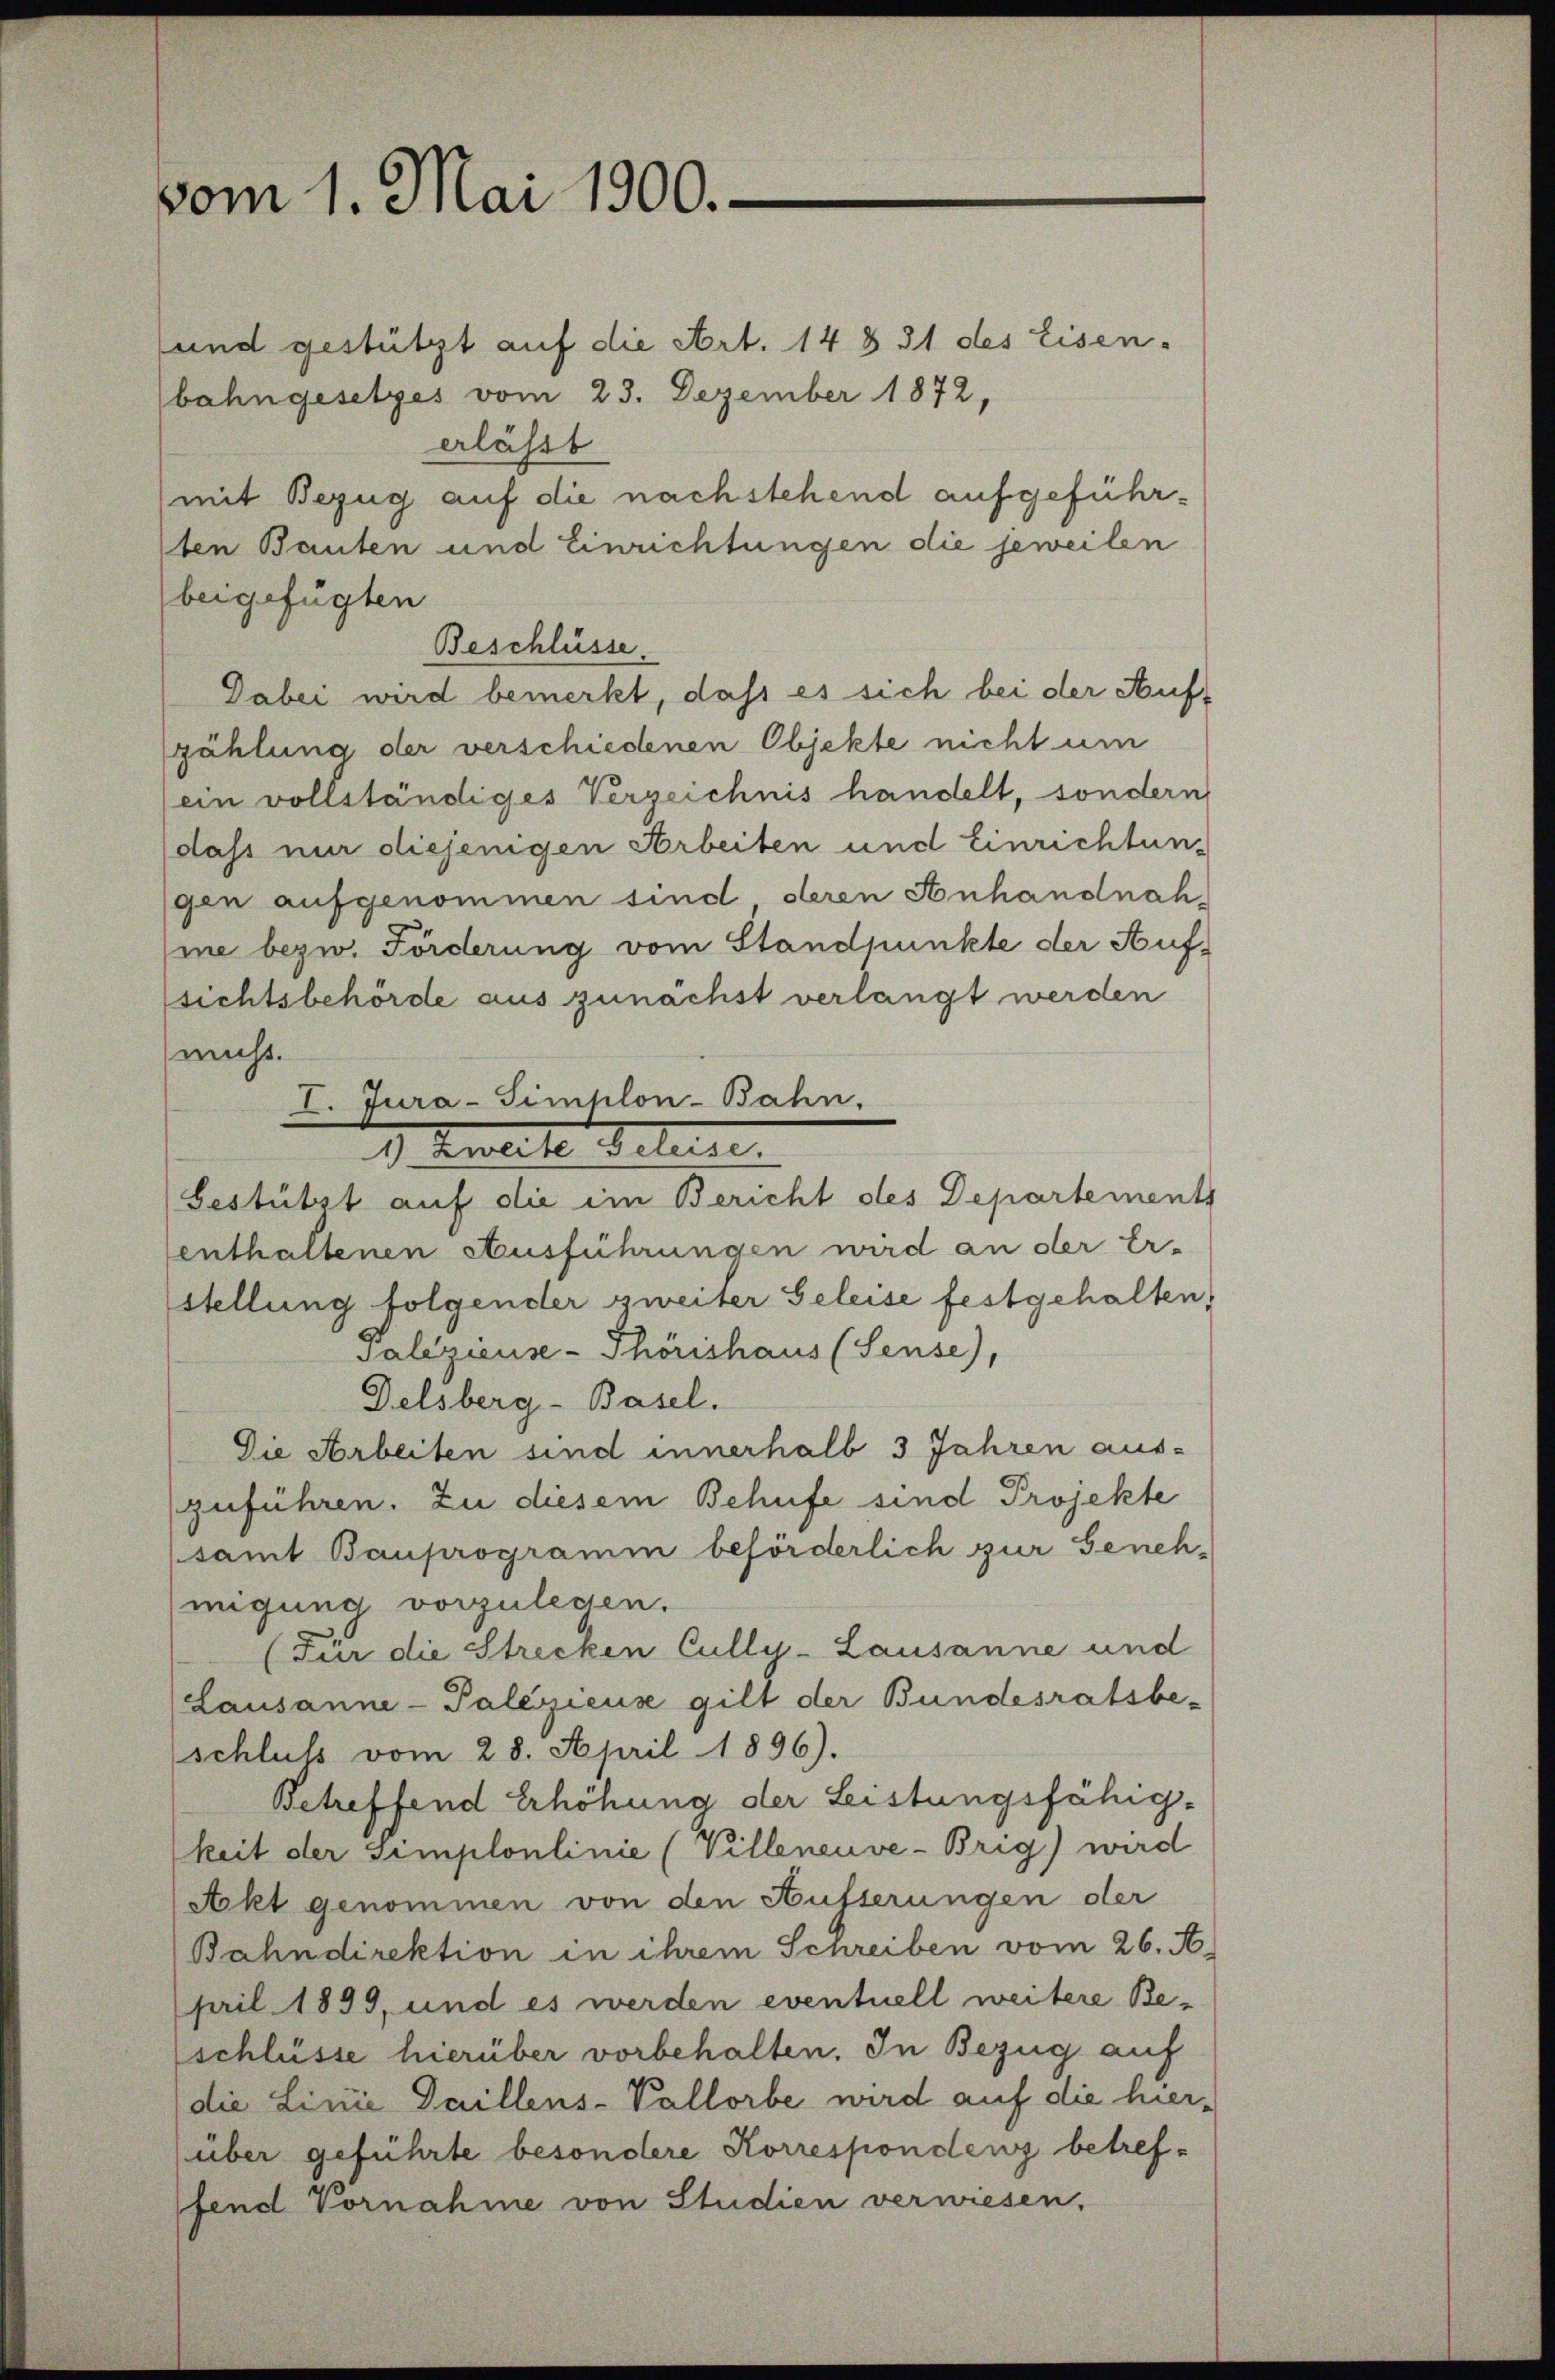
vom 1. Mai 1900.

und gestützt auf die Art. 14 § 31 des Eisen.
bahngesetzes vom 23. Dezember 1872,
erlässt
mit Bezug auf die nachstehend aufgeführten Bauten und Einrichtungen die jeweilen
beigefügten
Beschlüsse.
Dabei wird bemerkt, daß es sich bei der Auf-
zählung der verschiedenen Objekte nicht um
ein vollständiges Verzeichnis handelt, sondern
dass nur diejenigen Arbeiten und Einrichtungen aufgenommen sind, deren Anhandnahme bezw. Förderung vom Standpunkte der Aufsichtsbehörde aus zunächst verlangt werden
nicht.
I. Jura-Simplon-Bahn,
1 Milite clenne.
Bestützt auf die im Bericht des Departements
enthaltenen Ausführungen wird an der Er-
stellung folgender zweiter Geleise festgehalten,
Saleigieuse - Thörishaus (Sense),
Delsberg-Basel.
Die Arbeiten sind innerhalb 3 Jahren aus-
zuführen. Zu diesem Behufe sind Projekte
(samt Bauprogramm beförderlich zur Geneh-
migung vorzulegen.
Für die Strecken Cully-Lausanne und
Lausanne - Palesieuse gilt der Bundesratsbe-
schluß vom 28. April 1896).
Betreffend Erhöhung der Leistungsfähig-
keit der simplonlinie (Villeneuve-Brig) wird
Akt genommen von den Husserungen der
Bahndirektion in ihrem Schreiben vom 26. A.
pril 1899, und es werden eventuell weitere Beschlüsse hierüber vorbehalten. In Bezug auf
die Linie Daillens-Vallorbe wird auf die hier¬
(über geführte besondere Korrespondenz betreffend Vornahme von Studien verwiesen,